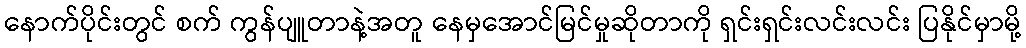
နောက်ပိုင်းတွင် စက် ကွန်ပျူတာနဲ့အတူ နေမှအောင်မြင်မှုဆိုတာကို ရှင်းရှင်းလင်းလင်း ပြနိုင်မှာမို့